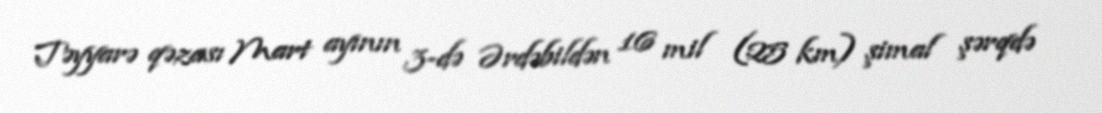
Təyyarə qəzası Mart ayının 3-də Ərdəbildən 16 mil (25 km) şimal şərqdə